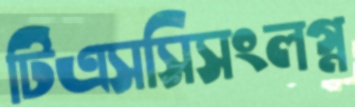
টিএসসিসংলগ্ন